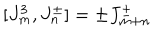
[ J _ { m } ^ { 3 } , J _ { n } ^ { \pm } ] = \pm J _ { m + n } ^ { \pm }